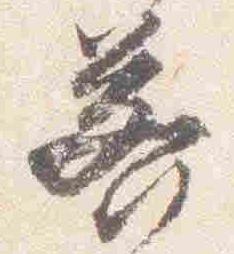
若